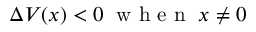
\Delta V ( x ) < 0 \; \mathrm { ~ w ~ h ~ e ~ n ~ } \; x \neq 0